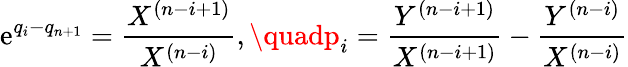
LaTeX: \mathrm{e}^{q_{i}-q_{n+1}}={\frac{{X^{(n-i+1)}}}{{X^{(n-i)}}}},\quadp_{i}={\frac{{Y^{(n-i+1)}}}{{X^{(n-i+1)}}}}-{\frac{{Y^{(n-i)}}}{{X^{(n-i)}}}}